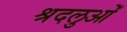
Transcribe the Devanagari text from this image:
श्रदलुओं